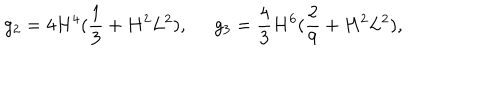
g _ { 2 } = 4 H ^ { 4 } ( \frac { 1 } { 3 } + H ^ { 2 } L ^ { 2 } ) , \; \; g _ { 3 } = \frac { 4 } { 3 } H ^ { 6 } ( \frac { 2 } { 9 } + H ^ { 2 } L ^ { 2 } ) ,